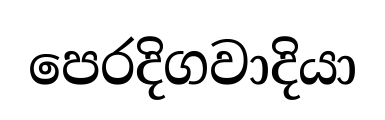
පෙරදිගවාදියා